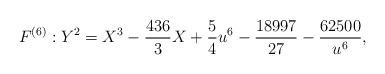
LaTeX: \begin{align*} F^{(6)} : Y^2 = X^3 -\frac{436}{3}X +\frac{5}{4}u^6 -\frac{18997}{27} - \frac{62500}{u^6},\end{align*}